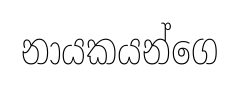
නායකයන්ගෙ